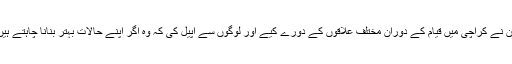
تحریک انصاف کے چیئرمین عمران خان نے کراچی میں قیام کے دوران مختلف علاقوں کے دورے کیے اور لوگوں سے اپیل کی کہ وہ اگر اپنے حالات بہتر بنانا چاہتے ہیں تو پی ٹی آئی کے نشان پر مہر لگائیں۔